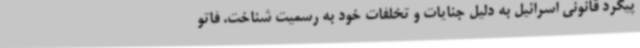
پیگرد قانونی اسرائیل به دلیل جنایات و تخلفات خود به رسمیت شناخت. فاتو